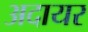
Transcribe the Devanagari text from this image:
अदायर